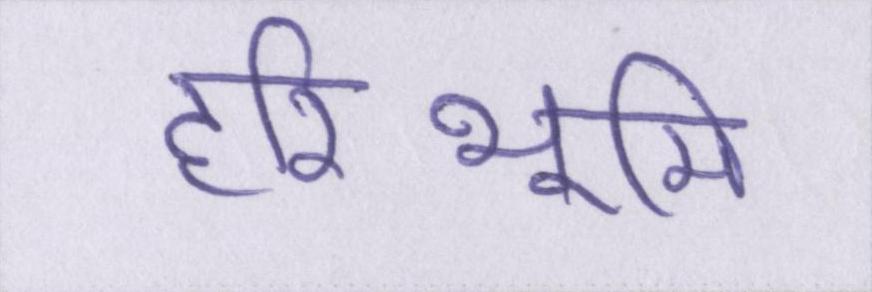
हरिभूमि